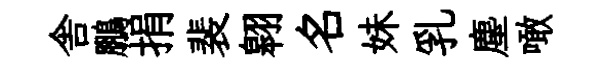
舎鵬捐裴翱名妹乳塵噉